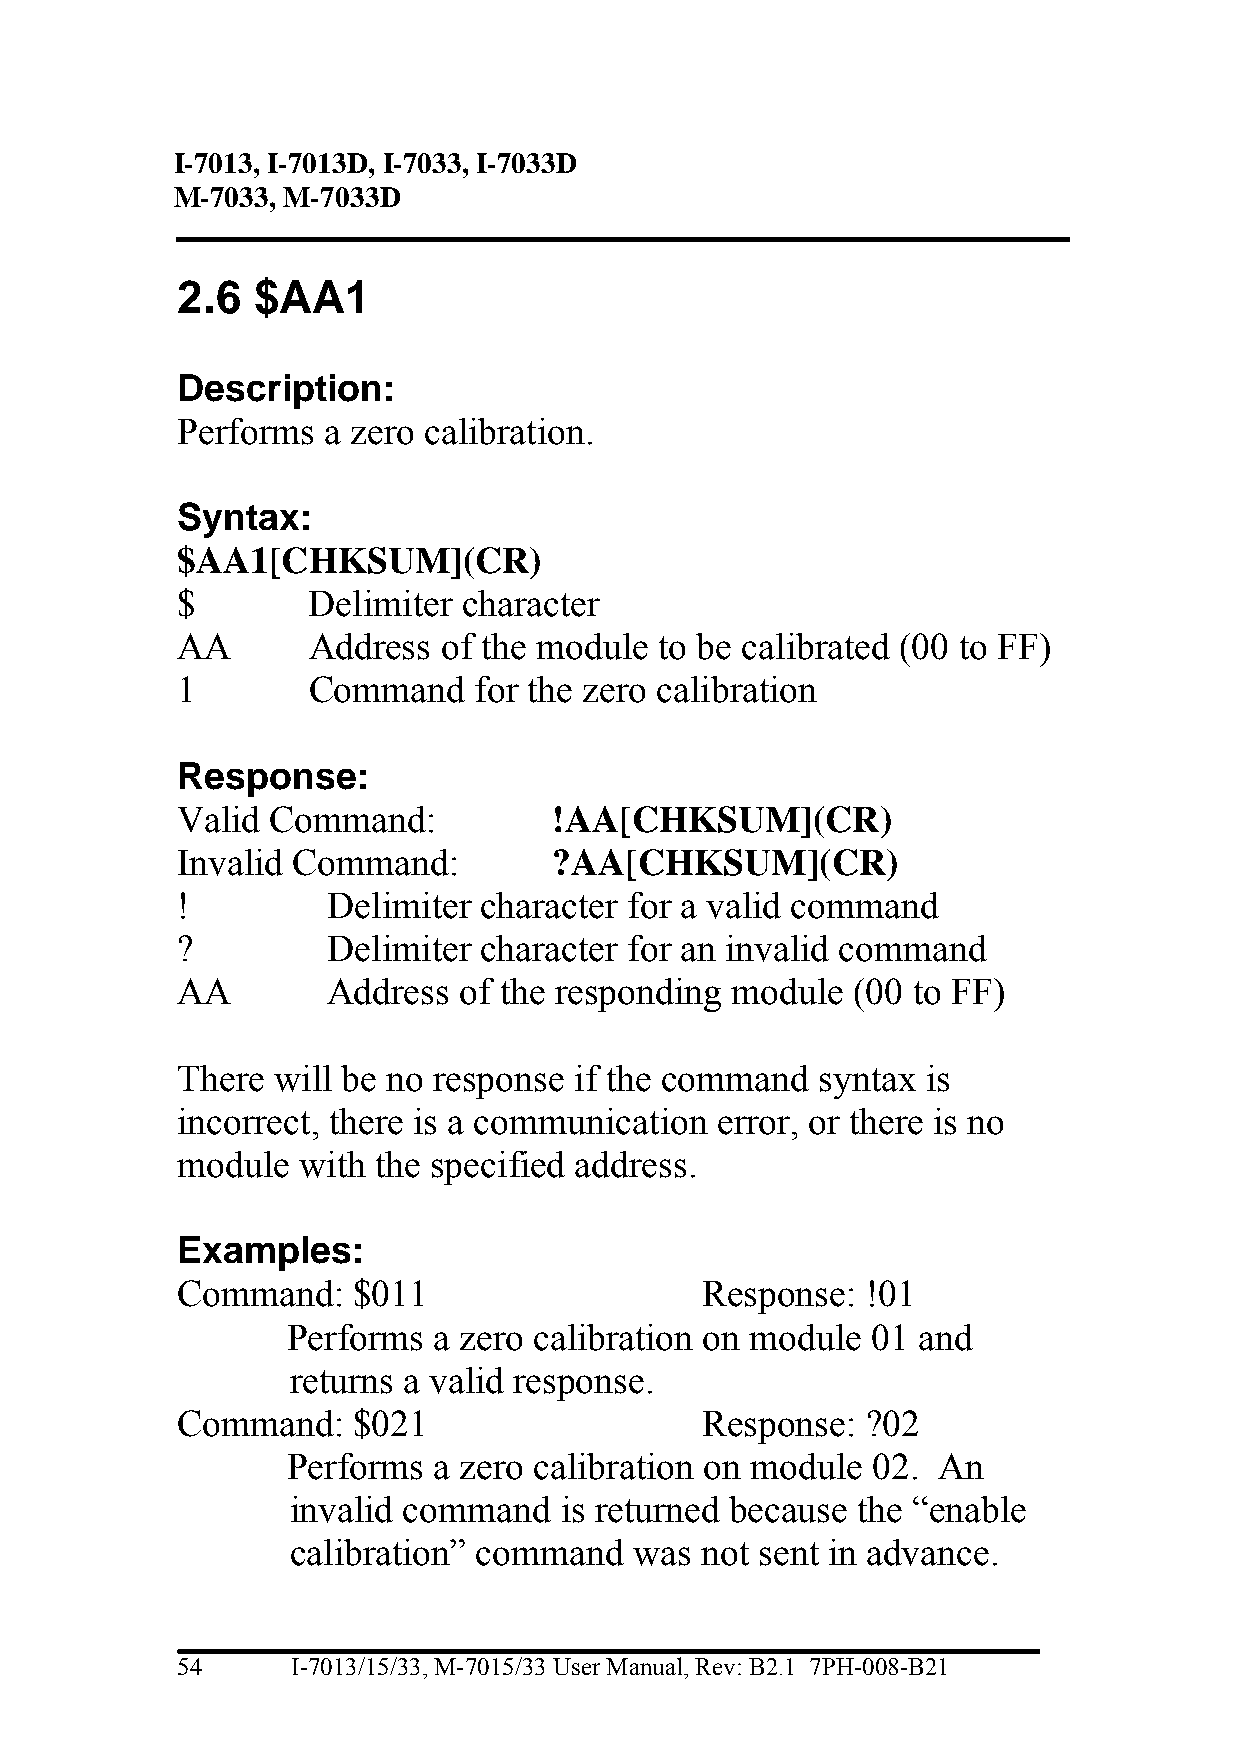
I -7013, I-7013D, I-7033, I-7033D
 M-7033, M-7033D
 2.6  $AA1
 Description:
 Performs a zero calibration.
 Syntax:
 $AA1[CHKSUM](CR)
 $       Delimiter  character
 AA      Address  of the module  to be calibrated (00 to FF)
 1       Command    for the zero calibration
 Response:
 Valid Command:           !AA[CHKSUM](CR)
 Invalid Command:         ?AA[CHKSUM](CR)
 !         Delimiter character for a valid command
 ?         Delimiter character for an invalid command
 AA        Address of the responding module  (00 to FF)
 There will be no response if the command  syntax is
 incorrect, there is a communication error, or there is no
 module  with the specified address.
 Examples:
 Command:   $011                   Response:  !01
 Performs  a zero calibration on module 01 and
 returns a valid response.
 Command:   $021                   Response:  ?02
 Performs  a zero calibration on module 02. An
 invalid command   is returned because the “enable
 calibration” command   was not sent in advance.
 54     I-7013/15/33, M-7015/33 User Manual, Rev: B2.1 7PH-008-B21